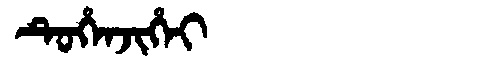
Manchu: ᡨᡠᡥᡝᠨᠵᡳᡥᡝᡳ
Romanization: TUHENJIHEI